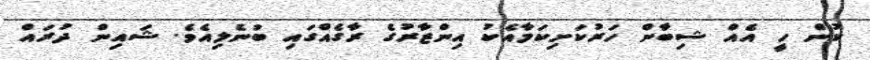
ކުން ހީ އެއް ޝިބާން ހަރުކަށިކަމާއެކު އިންޒާރުގެ ރާގެއްގައި ބުނެލިއެވެ. ޝައިން ދުރައް